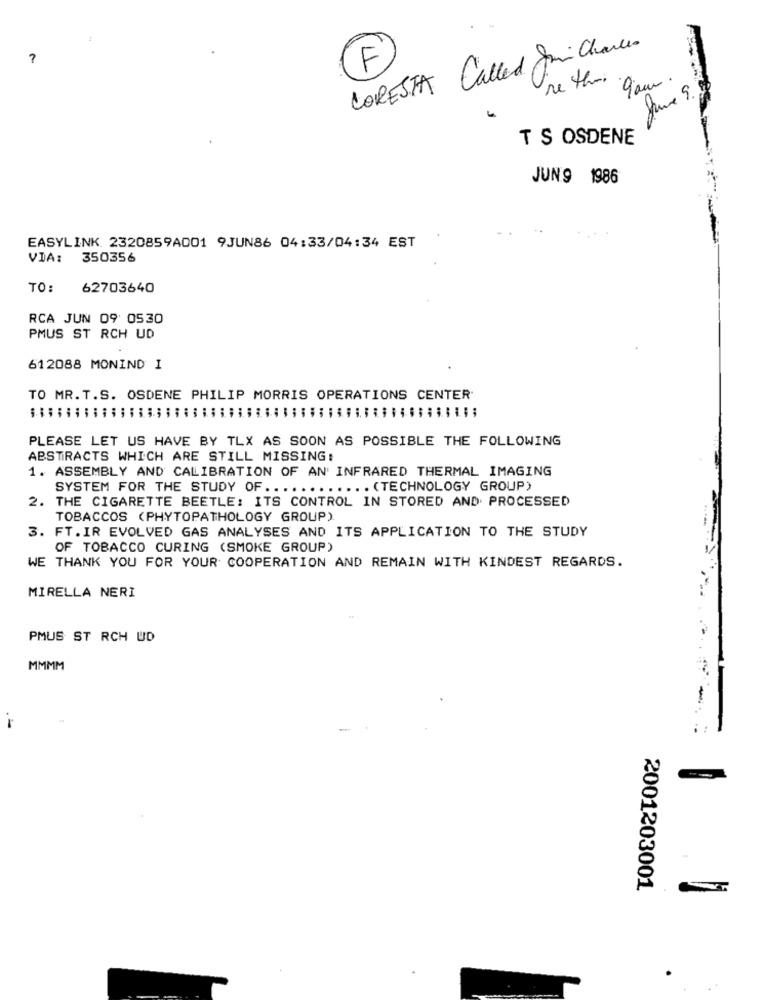
Called Juni Charles
?
F
re this
9am.
CORESTA
T S OSDENE
JUN9 1986
EASYLINK 2320859A001 9JUN86 04:33/04:34 EST
VIA: 350356
TO:
62703640
RCA JUN 09 0530
PMUS ST RCH UD
612088 MONIND I
TO MR.T.S. OSDENE PHILIP MORRIS OPERATIONS CENTER.
PLEASE LET US HAVE BY TLX AS SOON AS POSSIBLE THE FOLLOWING
ABSTRACTS WHICH ARE STILL MISSING:
1. ASSEMBLY AND CALIBRATION OF AN' INFRARED THERMAL IMAGING
SYSTEM FOR THE STUDY OF ............ (TECHNOLOGY GROUP)
2. THE CIGARETTE BEETLE: ITS CONTROL IN STORED AND PROCESSED
TOBACCOS (PHYTOPATHOLOGY GROUP).
3. FT. IR EVOLVED GAS ANALYSES AND ITS APPLICATION TO THE STUDY
OF TOBACCO CURING (SMOKE GROUP)
WE THANK YOU FOR YOUR COOPERATION AND REMAIN WITH KINDEST REGARDS.
MIRELLA NERI
PMUS ST RCH UD
MMMM
-
2001203001
.